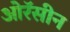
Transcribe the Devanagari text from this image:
ओरॅसीन